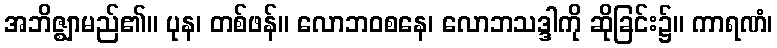
အဘိဇ္ဈာမည်၏။ ပုန၊ တစ်ဖန်။ လောဘဝစနေ၊ လောဘသဒ္ဒါကို ဆိုခြင်း၌။ ကာရဏံ၊